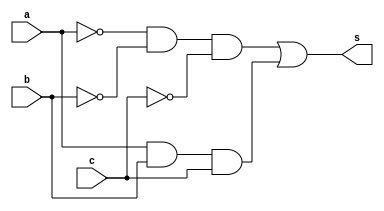
// ------------------------- 
// Exemplo0023 - COMPARADOR
// Nome: Marcio Santana Correa -  
// ------------------------- 

// -------------------------
//  comparador
// -------------------------
module Comparador (output s, input  a, input  b, input c);
	wire notA,notB,notC,and1,and2;
	
	not NOT1 (notA, a);
	not NOT2 (notB, b);
	not NOT3 (notC, c);
	and AND1 (and1, notA, notB, notC);
	and AND2 (and2, a, b, c);
	or  OR1  (s, and1, and2);
endmodule // Comparador

module test_Comparador;
// ------------------------- definir dados
   reg x;
	reg y;
	reg c;
	wire s;
	
	Comparador igualdade (s, x, y, c);
	
	initial begin: start
		x = 0; 
		y = 0;
		c = 0;
	end
	
// ------------------------- parte principal
   initial begin
      $display("Exemplo0023 - Marcio Santana Correa -  345368");
      $display("Test ALU's comparador");
		$display("a b c = s");
      $monitor("%b %b %b = %b",x,y,c,s); 
		#1 x = 0; y = 0; c = 1;  
		#1 x = 0; y = 1; c = 0;
		#1 x = 0; y = 1; c = 1;
		#1 x = 1; y = 0; c = 0;
		#1 x = 1; y = 0; c = 1;
		#1 x = 1; y = 1; c = 0;
		#1 x = 1; y = 1; c = 1;
   end
endmodule // test_Comparador
/*
    Exemplo0023 - Marcio Santana Correa -  345368
    Test ALU's comparador
    a b c = s
    0 0 0 = 1
    0 0 1 = 0
    0 1 0 = 0
    0 1 1 = 0
    1 0 0 = 0
    1 0 1 = 0
    1 1 0 = 0
    1 1 1 = 1
*/